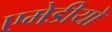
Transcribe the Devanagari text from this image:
एमेडीयो